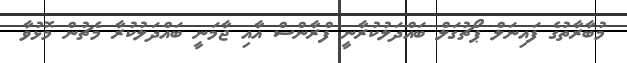
މުބާރާތުގެ ފައިނަލް ޕޯޗުގަލް ބައްދަލުކުރާނީ ފްރާންސް އާއި ޖާމަނީ ބައްދަލުކުރާ މެޗުން މޮޅުވާ